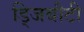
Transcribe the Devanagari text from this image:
ड्जिबौटी